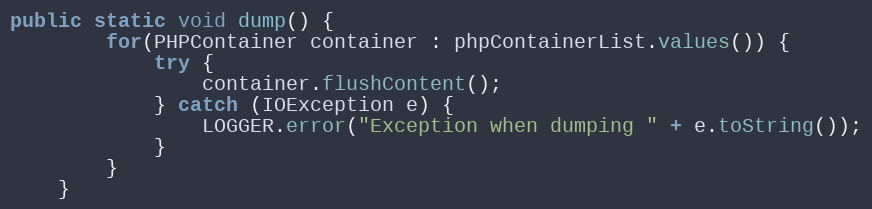
Language: Java
public static void dump() {
		for(PHPContainer container : phpContainerList.values()) {
			try {
				container.flushContent();
			} catch (IOException e) {
				LOGGER.error("Exception when dumping " + e.toString());
			}
		}
	}